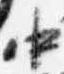
中